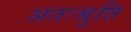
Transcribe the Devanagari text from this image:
अतःश्रुति